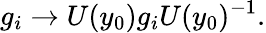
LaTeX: g_{i}\rightarrow U(y_{0})g_{i}U(y_{0})^{-1}.